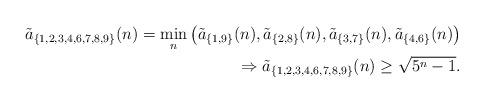
LaTeX: \begin{align*} \tilde{a}_{\{1,2,3,4,6,7,8,9\}}(n) = \min_{n}\left(\tilde{a}_{\{1,9\}}(n), \tilde{a}_{\{2,8\}}(n), \tilde{a}_{\{3,7\}}(n), \tilde{a}_{\{4,6\}}(n) \right) \\\Rightarrow \tilde{a}_{\{1,2,3,4,6,7,8,9\}}(n) \geq \sqrt{5^n-1}.\end{align*}